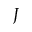
J